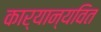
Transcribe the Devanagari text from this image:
कार्यान्यवित